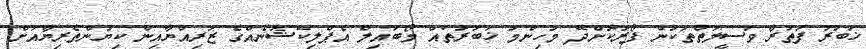
ޚަބަރު ފަތުރާ ވަސީލަތްތަކުން ފޯރުކޮށްދޭ މުހިންމު ޚަބަރުތައް މޯބައިލް އެޕްލިކޭޝަނެއްގެ ޒަރިއްޔާއިން ކިޔުންތެރިޔާއަށް